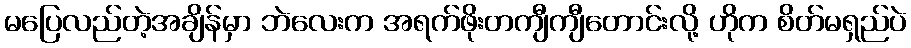
မပြေလည်တဲ့အချိန်မှာ ဘဲလေးက အရက်ဖိုးတကျီကျီတောင်းလို့ ဟိုက စိတ်မရှည်ပဲ